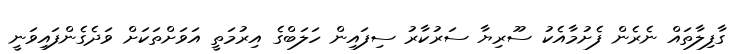
ގާފިލާތައް ނެރެން ފެށުމާއެކު ސޫރިޔާ ސަރުކާރު ސިފައިން ހަލަބްގެ އިރުމަތީ އަވަށްތަކަށް ވަދެގެންފައިވަނީ